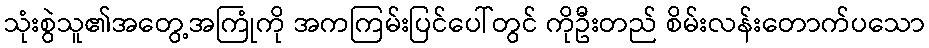
သုံးစွဲသူ၏အတွေ့အကြုံကို အကကြမ်းပြင်ပေါ်တွင် ကိုဦးတည် စိမ်းလန်းတောက်ပသော